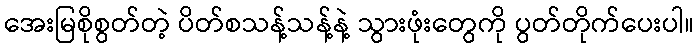
အေးမြစိုစွတ်တဲ့ ပိတ်စသန့်သန့်နဲ့ သွားဖုံးတွေကို ပွတ်တိုက်ပေးပါ။